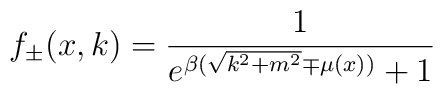
f_\pm(x,k)={1\over e^{\beta (\sqrt{k^2+m^2}\mp \mu(x))}+1}